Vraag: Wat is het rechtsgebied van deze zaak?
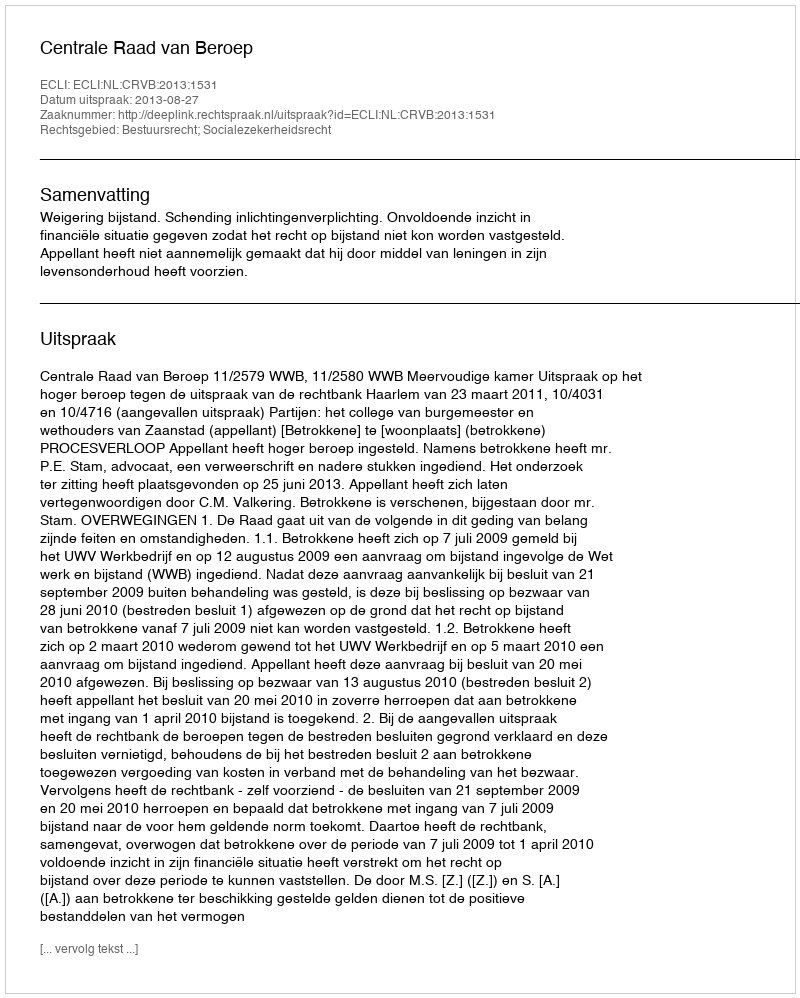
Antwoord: Bestuursrecht; Socialezekerheidsrecht